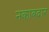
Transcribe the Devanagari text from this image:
नकाबदार